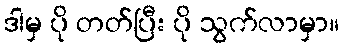
ဒါမှ ပို တတ်ပြီး ပို သွက်လာမှာ။